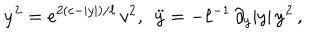
LaTeX: \dot { y } ^ { 2 } = e ^ { 2 ( c - | y | ) / \ell } \, v ^ { 2 } , \, \, \, \ddot { y } = - \ell ^ { - 1 } \, \partial _ { y } | y | \, \dot { y } ^ { 2 } \, ,